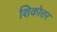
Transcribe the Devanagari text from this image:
शिकोत्तर